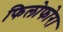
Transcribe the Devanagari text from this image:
फिलोफोरा